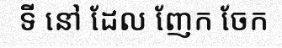
ទី នៅ ដែល ញែក ចែក